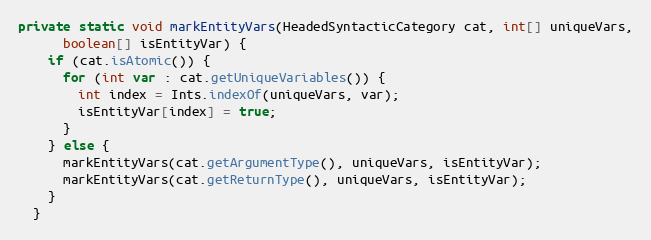
Language: Java
private static void markEntityVars(HeadedSyntacticCategory cat, int[] uniqueVars,
      boolean[] isEntityVar) {
    if (cat.isAtomic()) {
      for (int var : cat.getUniqueVariables()) {
        int index = Ints.indexOf(uniqueVars, var);
        isEntityVar[index] = true;
      }
    } else {
      markEntityVars(cat.getArgumentType(), uniqueVars, isEntityVar);
      markEntityVars(cat.getReturnType(), uniqueVars, isEntityVar);
    }
  }